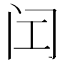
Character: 𬮚